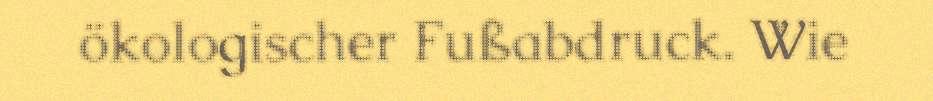
ökologischer Fußabdruck. Wie